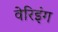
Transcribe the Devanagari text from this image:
वेरिइंग